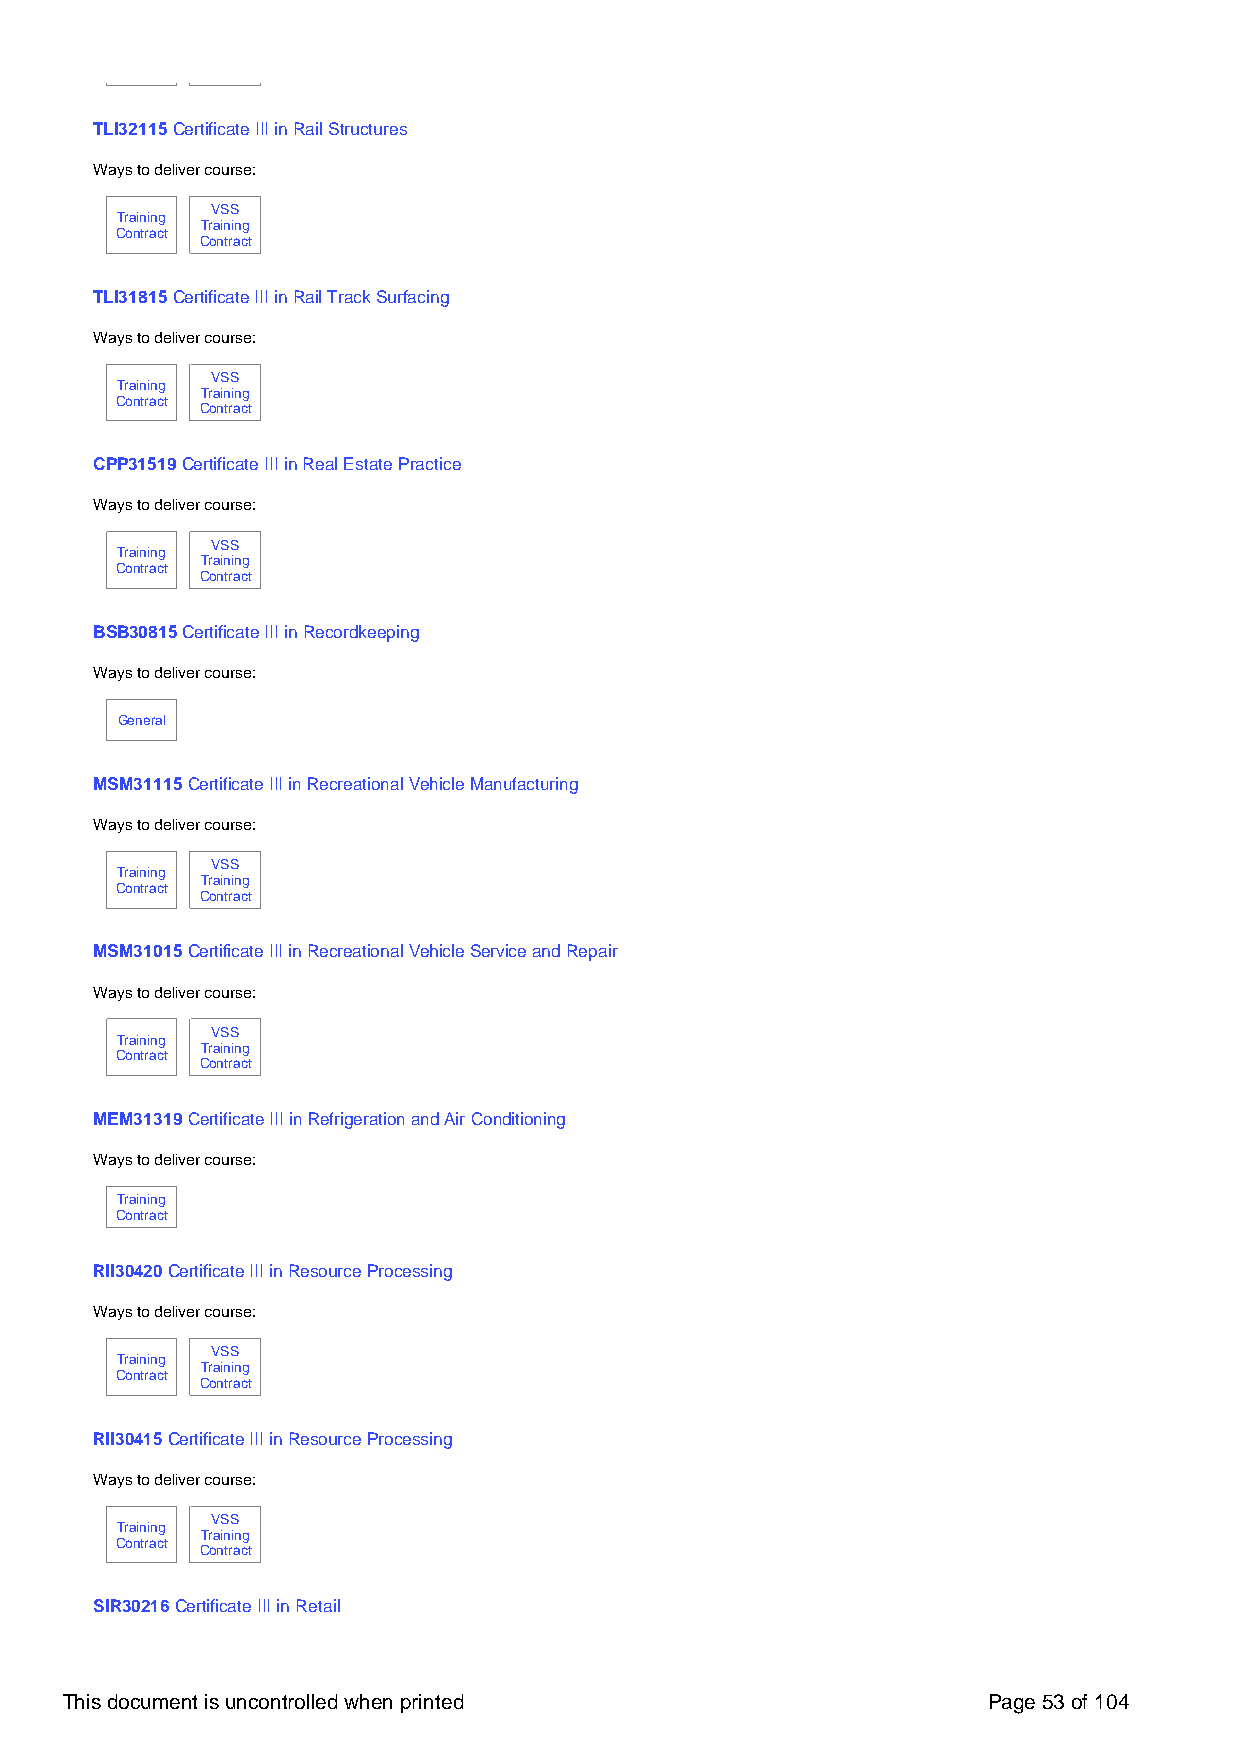
TLI32115 Certificate III in Rail Structures
 Ways to deliver course:
 VSS
 Training
 Training
 Contract
 Contract
 TLI31815 Certificate III in Rail Track Surfacing
 Ways to deliver course:
 VSS
 Training
 Training
 Contract
 Contract
 CPP31519 Certificate III in Real Estate Practice
 Ways to deliver course:
 VSS
 Training
 Training
 Contract
 Contract
 BSB30815 Certificate III in Recordkeeping
 Ways to deliver course:
 General
 MSM31115 Certificate III in Recreational Vehicle Manufacturing
 Ways to deliver course:
 VSS
 Training
 Training
 Contract
 Contract
 MSM31015 Certificate III in Recreational Vehicle Service and Repair
 Ways to deliver course:
 VSS
 Training
 Training
 Contract
 Contract
 MEM31319 Certificate III in Refrigeration and Air Conditioning
 Ways to deliver course:
 Training
 Contract
 RII30420 Certificate III in Resource Processing
 Ways to deliver course:
 VSS
 Training
 Training
 Contract
 Contract
 RII30415 Certificate III in Resource Processing
 Ways to deliver course:
 VSS
 Training
 Training
 Contract
 Contract
 SIR30216 Certificate III in Retail
 This document is uncontrolled when printed                   Page 53 of 104